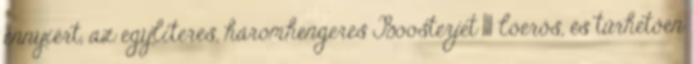
ennyiért, az egyliteres, háromhengeres Boosterjet 111 lóerős, és tűrhetően